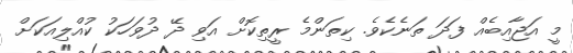
މީ އަޖާއިބެއް ފަދަ ތަނެކެވެ. ކިތަންމެ ރީތިކޮށް އަވި ދޭ ދުވަހަކު ކުއްލިއަކަށް